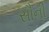
સૌની